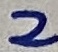
Text: 2